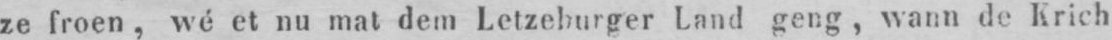
ze froen, wé et nu mat dem Letzeburger Land geng, wann de Krich